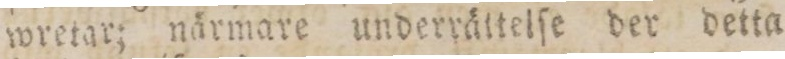
wretar; närmare underrättelſe der detta